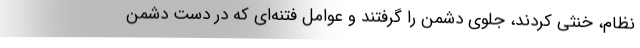
نظام، خنثی کردند، جلوی دشمن را گرفتند و عوامل فتنه‌ای که در دست دشمن